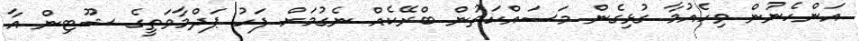
އަންހެނުން ވިހެއުމާ ގުޅިގެން މަސައްކަތުން ބްރޭކެއް ނެގުމަށް ފަހު ޕަދްމާވަތީގެ ޝޫޓިން އާ